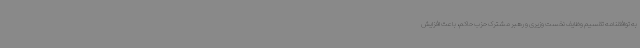
به توافقنامه تقسیم وظایف نخست وزیری و رهبر مشترک حزب حاکم، باعث افزایش